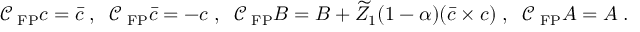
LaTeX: \mathcal { C } _ { \mathrm { \tiny ~ F P } } c = \bar { c } \; , \; \; \mathcal { C } _ { \mathrm { \tiny ~ F P } } \bar { c } = - c \; , \; \; \mathcal { C } _ { \mathrm { \tiny ~ F P } } B = B + \widetilde Z _ { 1 } ( 1 - \alpha ) ( \bar { c } \times c ) \; , \; \; \mathcal { C } _ { \mathrm { \tiny ~ F P } } A = A \; .